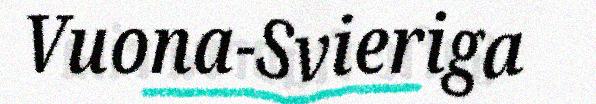
Vuona-Svieriga